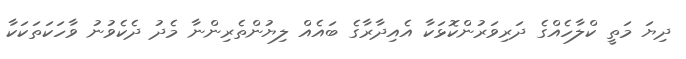
ދިޔަ މަތީ ކްލާހެއްގެ ދަރިވަރުންކޮޅަކާ އެއިދާރާގެ ބައެއް ލިޔުންތެރިންނާ މެދު ދެކެވުނު ވާހަކަތަކަކާ